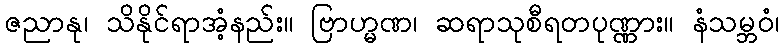
ဇညာနု၊ သိနိုင်ရာအံ့နည်း။ ဗြာဟ္မဏ၊ ဆရာသုစီရတပုဏ္ဏား။ နံသမ္ဘဝံ၊